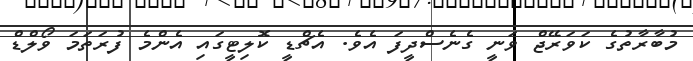
މުބާރާތުގެ ކަވަރޭޖް ވަނީ ގެނެސްދީފަ އެވެ. އެޗްޑީ ކޮލިޓީގައި އެންމެ ފުރަތަމަ ވޯލްޑް